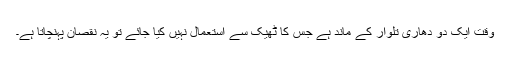
وقت ایک دو دھاری تلوار کے ماند ہے جس کا ٹھیک سے استعمال نہیں کیا جائے تو یہ نقصان پہنچاتا ہے۔